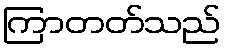
ကြာတတ်သည်